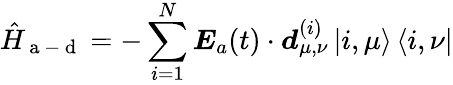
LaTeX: \hat{H}_{\mathrm{~a~-~d~}}=-\sum_{i=1}^{N}{\boldsymbol E}_{a}(t)\cdot\boldsymbol d_{\mu,\nu}^{(i)}\left|i,\mu\right>\left<i,\nu\right|